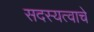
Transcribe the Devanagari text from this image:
सदस्यत्वाचे